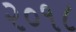
૨૦૧૮